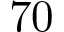
\mathrm { 7 0 }